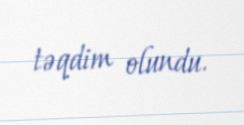
təqdim olundu.